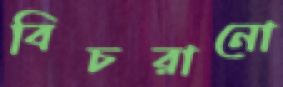
বিচরানো